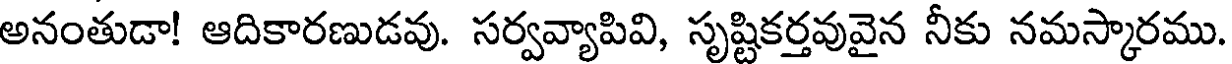
అనంతుడా! ఆదికారణుడవు. సర్వవ్యాపివి, సృష్టికర్తవువైన నీకు నమస్కారము.